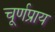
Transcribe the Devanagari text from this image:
चूर्णप्राय